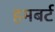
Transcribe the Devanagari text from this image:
हमबर्ट